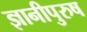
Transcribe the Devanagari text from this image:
ज्ञानीपुरुष